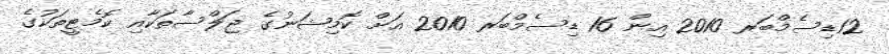
12ޑިސެމްބަރ 2010 އިން 16 ޑިސެމްބަރ 2010 އަށް ކޮމިޝަނުގެ ޖަލްސާތަކާއި ކޮމެޓީތަކުގެ